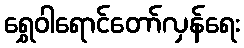
ရွှေဝါရောင်တော်လှန်ရေး